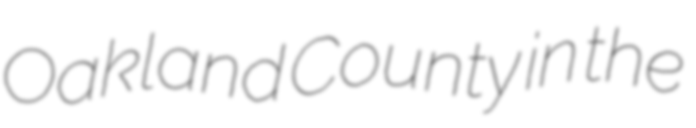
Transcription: Oakland County in the